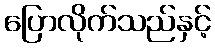
ပြောလိုက်သည်နှင့်